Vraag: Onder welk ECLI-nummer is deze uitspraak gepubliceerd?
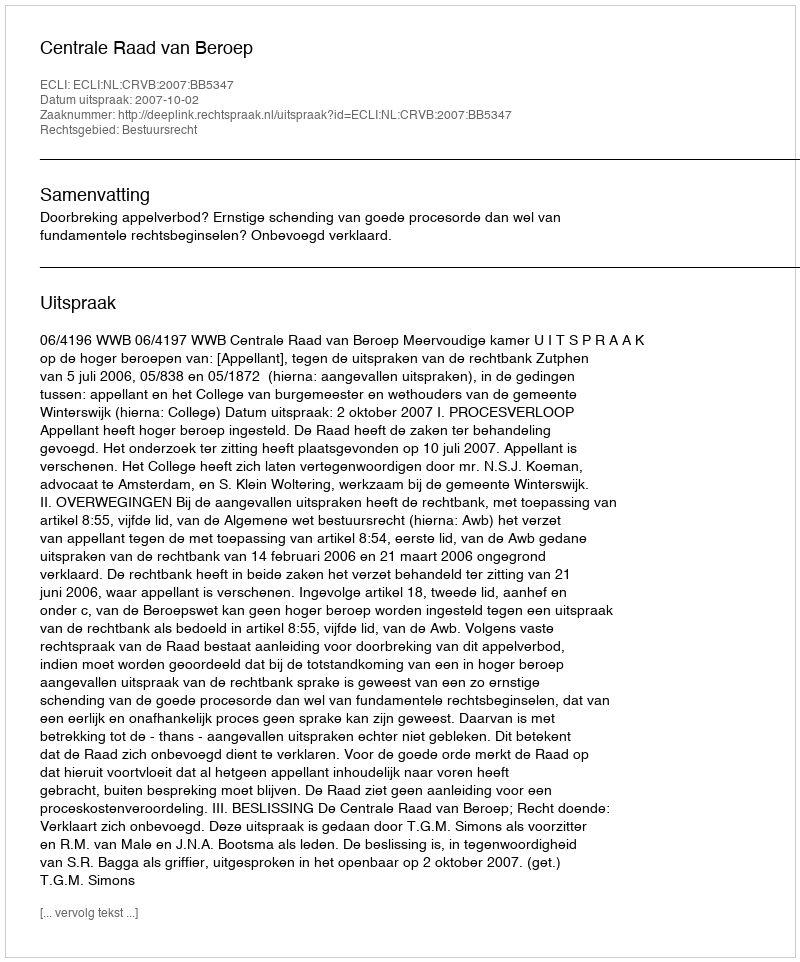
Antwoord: ECLI:NL:CRVB:2007:BB5347